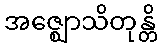
အဇ္ဈောသိတုန္တိ